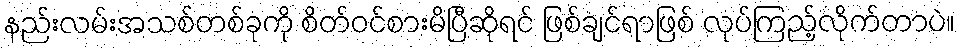
နည်းလမ်းအသစ်တစ်ခုကို စိတ်ဝင်စားမိပြီဆိုရင် ဖြစ်ချင်ရာဖြစ် လုပ်ကြည့်လိုက်တာပဲ။